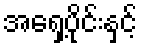
အရှေ့ပိုင်းနှင့်